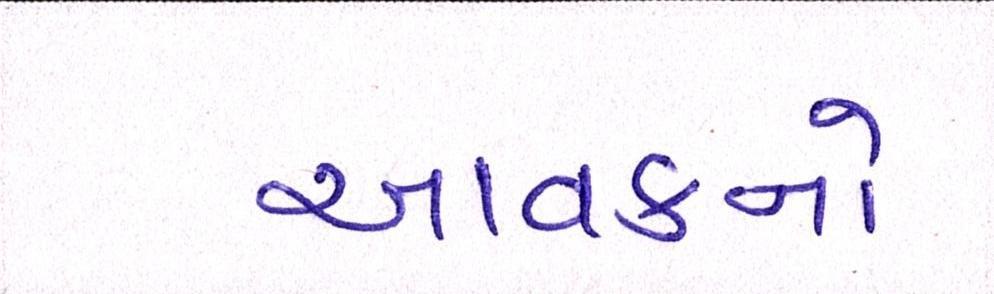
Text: આવકનો